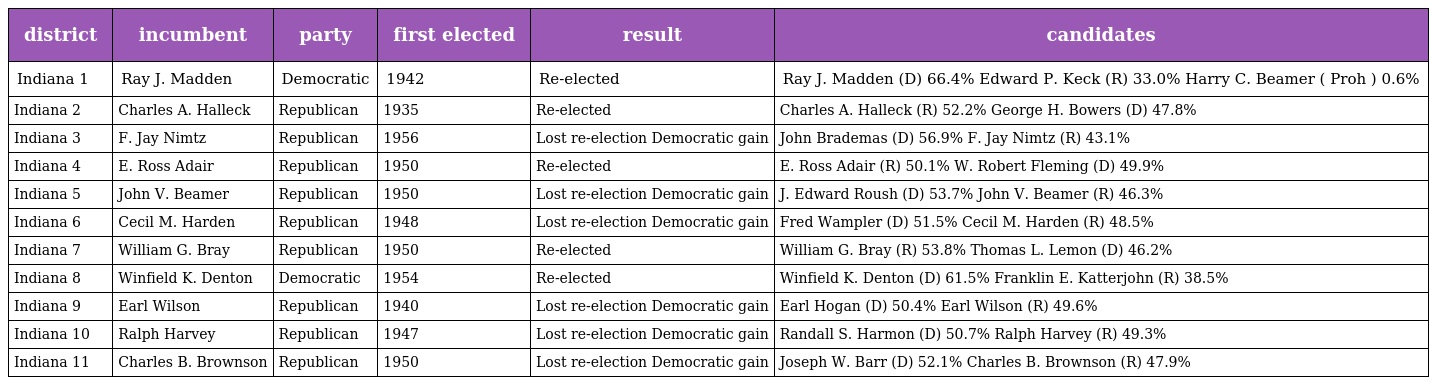
| district | incumbent | party | first elected | result | candidates |
 | --- | --- | --- | --- | --- | --- |
 | Indiana 1 | Ray J. Madden | Democratic | 1942 | Re-elected | Ray J. Madden (D) 66.4% Edward P. Keck (R) 33.0% Harry C. Beamer ( Proh ) 0.6% |
 | Indiana 2 | Charles A. Halleck | Republican | 1935 | Re-elected | Charles A. Halleck (R) 52.2% George H. Bowers (D) 47.8% |
 | Indiana 3 | F. Jay Nimtz | Republican | 1956 | Lost re-election Democratic gain | John Brademas (D) 56.9% F. Jay Nimtz (R) 43.1% |
 | Indiana 4 | E. Ross Adair | Republican | 1950 | Re-elected | E. Ross Adair (R) 50.1% W. Robert Fleming (D) 49.9% |
 | Indiana 5 | John V. Beamer | Republican | 1950 | Lost re-election Democratic gain | J. Edward Roush (D) 53.7% John V. Beamer (R) 46.3% |
 | Indiana 6 | Cecil M. Harden | Republican | 1948 | Lost re-election Democratic gain | Fred Wampler (D) 51.5% Cecil M. Harden (R) 48.5% |
 | Indiana 7 | William G. Bray | Republican | 1950 | Re-elected | William G. Bray (R) 53.8% Thomas L. Lemon (D) 46.2% |
 | Indiana 8 | Winfield K. Denton | Democratic | 1954 | Re-elected | Winfield K. Denton (D) 61.5% Franklin E. Katterjohn (R) 38.5% |
 | Indiana 9 | Earl Wilson | Republican | 1940 | Lost re-election Democratic gain | Earl Hogan (D) 50.4% Earl Wilson (R) 49.6% |
 | Indiana 10 | Ralph Harvey | Republican | 1947 | Lost re-election Democratic gain | Randall S. Harmon (D) 50.7% Ralph Harvey (R) 49.3% |
 | Indiana 11 | Charles B. Brownson | Republican | 1950 | Lost re-election Democratic gain | Joseph W. Barr (D) 52.1% Charles B. Brownson (R) 47.9% |